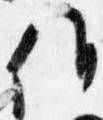
候